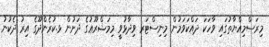
މިރަސްމިއްޔާތުގައި ވާހަކަ ދައްކަވަމުން މިނިސްޓަރ ވިދާޅުވީ މިމަޝްރޫޢުގެ ދަށުން ޅ.ކުރެންދޫގެ އިރު ދެކުނު